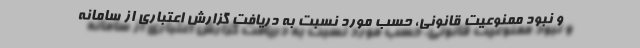
و نبود ممنوعیت قانونی، حسب مورد نسبت به دریافت گزارش اعتباری از سامانه